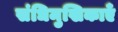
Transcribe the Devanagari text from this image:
संधिमुखिकाएँ